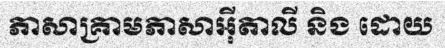
ភាសាគ្រាមភាសាអ៊ីតាលី និង ដោយ